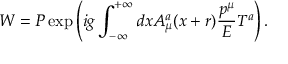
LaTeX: W = P \exp \left( i g \int _ { - \infty } ^ { + \infty } d x A _ { \mu } ^ { a } ( x + r ) \frac { p ^ { \mu } } { E } T ^ { a } \right) .